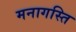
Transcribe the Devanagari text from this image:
मनागस्ति